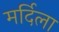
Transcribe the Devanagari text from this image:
मर्दिला